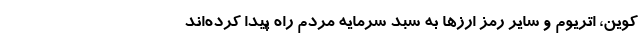
کوین، اتریوم و سایر رمز ارزها به سبد سرمایه مردم راه پیدا کرده‌اند